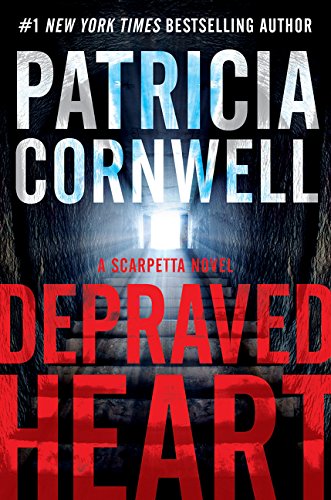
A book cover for Depraved Heart: A Scarpetta Novel (Kay Scarpetta); Patricia Cornwell; Mystery, Thriller & Suspense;